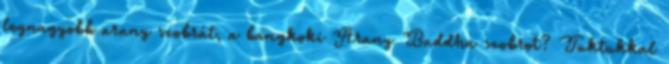
legnagyobb arany szobrát, a bangkoki Arany Buddha szobrot? Tuktukkal